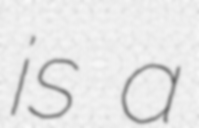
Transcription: is a